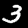
Digit: 3